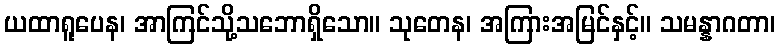
ယထာရူပေန၊ အာကြင်သို့သဘောရှိသော။ သုတေန၊ အကြားအမြင်နှင့်။ သမန္နာဂတာ၊